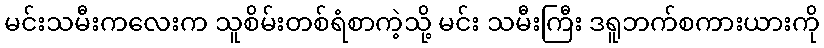
မင်းသမီးကလေးက သူစိမ်းတစ်ရံစာကဲ့သို့ မင်း သမီးကြီး ဒရူဘက်စကားယားကို